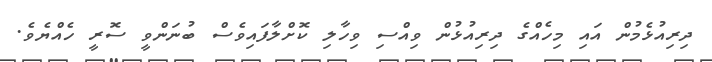
ދިރިއުޅެމުން އައި މިހެއްގެ ދިރިއުޅުން ވިއްސި ވިހާލި ކޮށްލާފައިވެސް ބުނަންވީ ސޮރީ ހެއްޔެވެ.